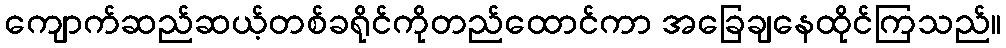
ကျောက်ဆည်ဆယ့်တစ်ခရိုင်ကိုတည်ထောင်ကာ အခြေချနေထိုင်ကြသည်။